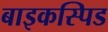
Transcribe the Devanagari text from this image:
बाइकस्पिड